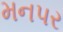
મનપર